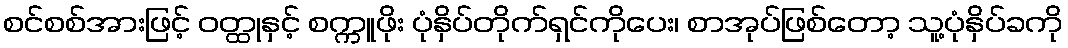
စင်စစ်အားဖြင့် ဝတ္ထုနှင့် စက္ကူဖိုး ပုံနှိပ်တိုက်ရှင်ကိုပေး၊ စာအုပ်ဖြစ်တော့ သူ့ပုံနှိပ်ခကို